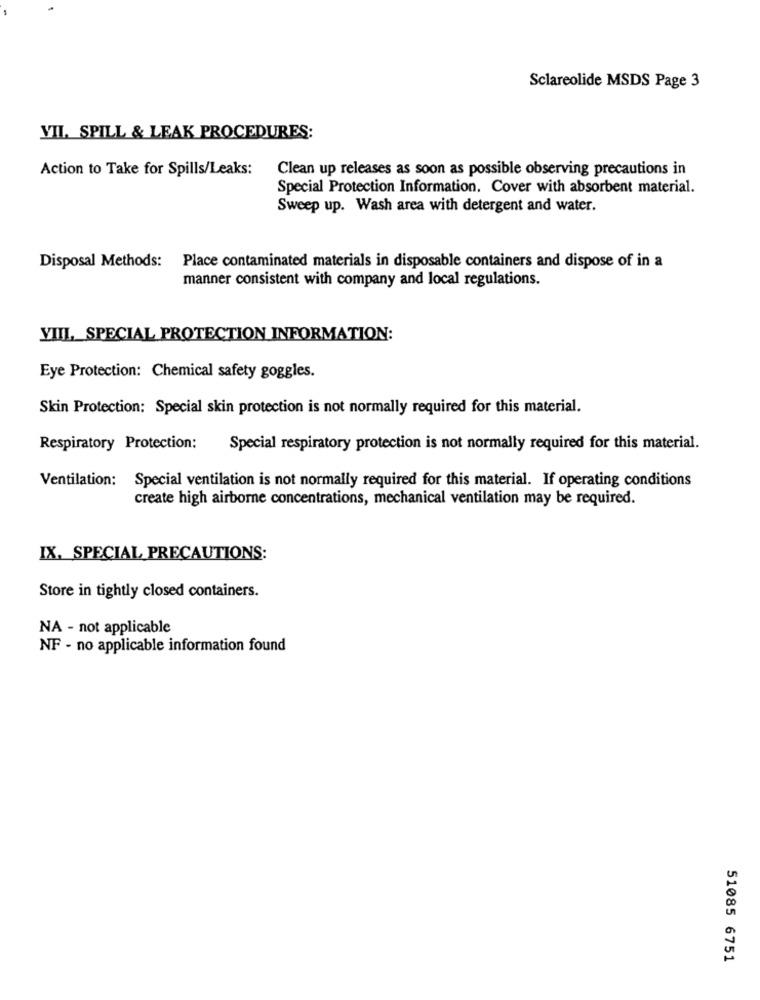
Sclareolide MSDS Page 3
VII. SPILL & LEAK PROCEDURES:
Action to Take for Spills/Leaks:
Clean up releases as soon as possible observing precautions in
Special Protection Information. Cover with absorbent material.
Sweep up. Wash area with detergent and water.
Disposal Methods: Place contaminated materials in disposable containers and dispose of in a
manner consistent with company and local regulations.
VIII, SPECIAL PROTECTION INFORMATION:
Eye Protection: Chemical safety goggles.
Skin Protection: Special skin protection is not normally required for this material.
Respiratory Protection:
Special respiratory protection is not normally required for this material.
Ventilation: Special ventilation is not normally required for this material. If operating conditions
create high airborne concentrations, mechanical ventilation may be required.
IX, SPECIAL PRECAUTIONS:
Store in tightly closed containers.
NA - not applicable
NF - no applicable information found
51085 6751